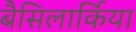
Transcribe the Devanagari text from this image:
बैसिलार्किया